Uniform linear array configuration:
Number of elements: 4
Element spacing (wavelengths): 0.5
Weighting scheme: binomial
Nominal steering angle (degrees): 30
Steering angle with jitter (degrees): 29.808
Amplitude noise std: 0.05
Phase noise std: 0.05

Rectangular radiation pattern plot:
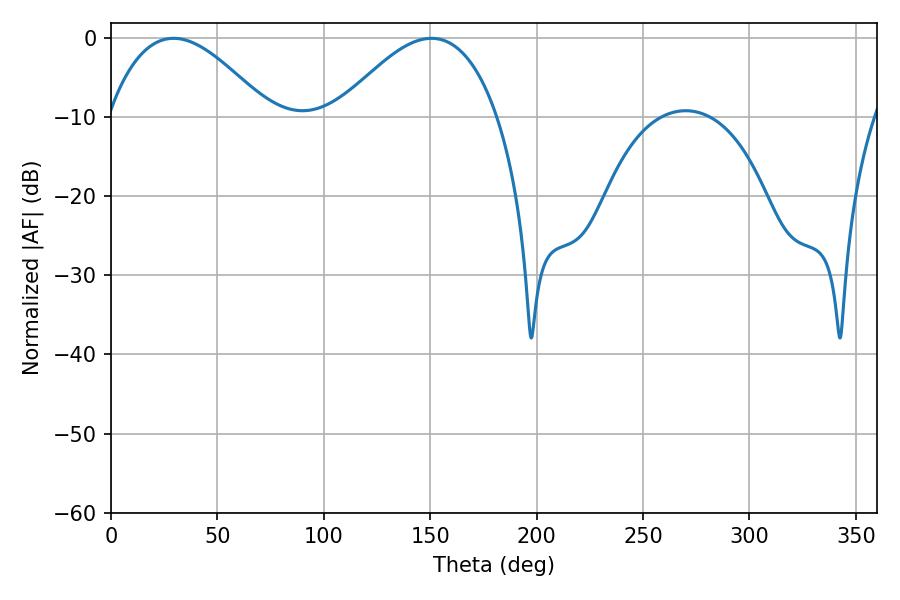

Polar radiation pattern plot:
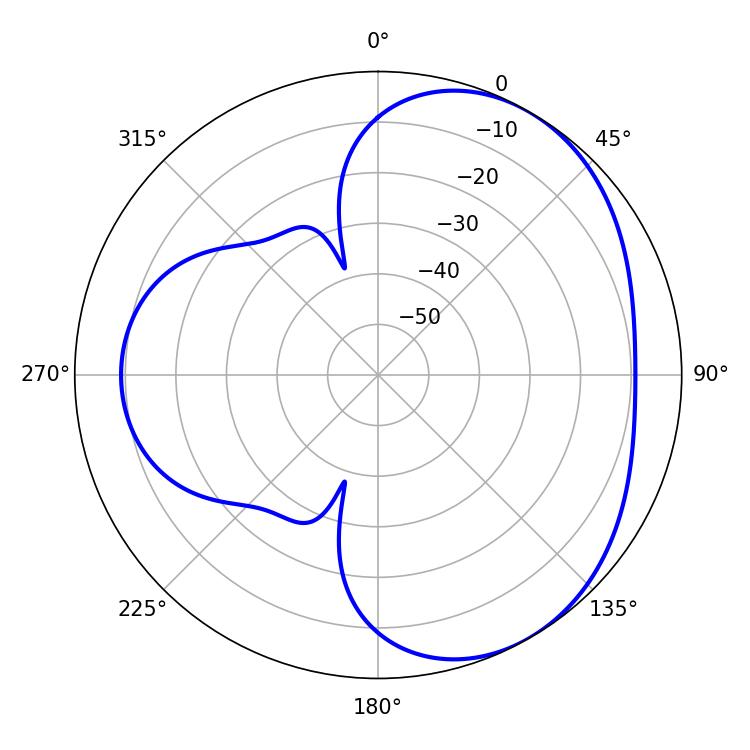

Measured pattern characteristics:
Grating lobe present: FALSE
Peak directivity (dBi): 4.056
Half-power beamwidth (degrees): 41.22
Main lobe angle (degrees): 29.34